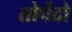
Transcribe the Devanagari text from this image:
तोर्पेदो